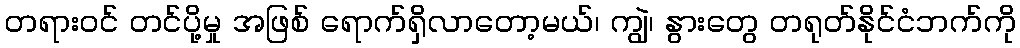
တရားဝင် တင်ပို့မှု အဖြစ် ရောက်ရှိလာတော့မယ်၊ ကျွဲ၊ နွားတွေ တရုတ်နိုင်ငံဘက်ကို